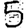
Digit: 5